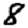
Digit: 8